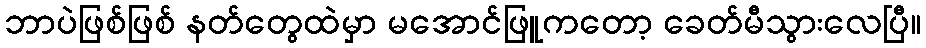
ဘာပဲဖြစ်ဖြစ် နတ်တွေထဲမှာ မအောင်ဖြူကတော့ ခေတ်မီသွားလေပြီ။